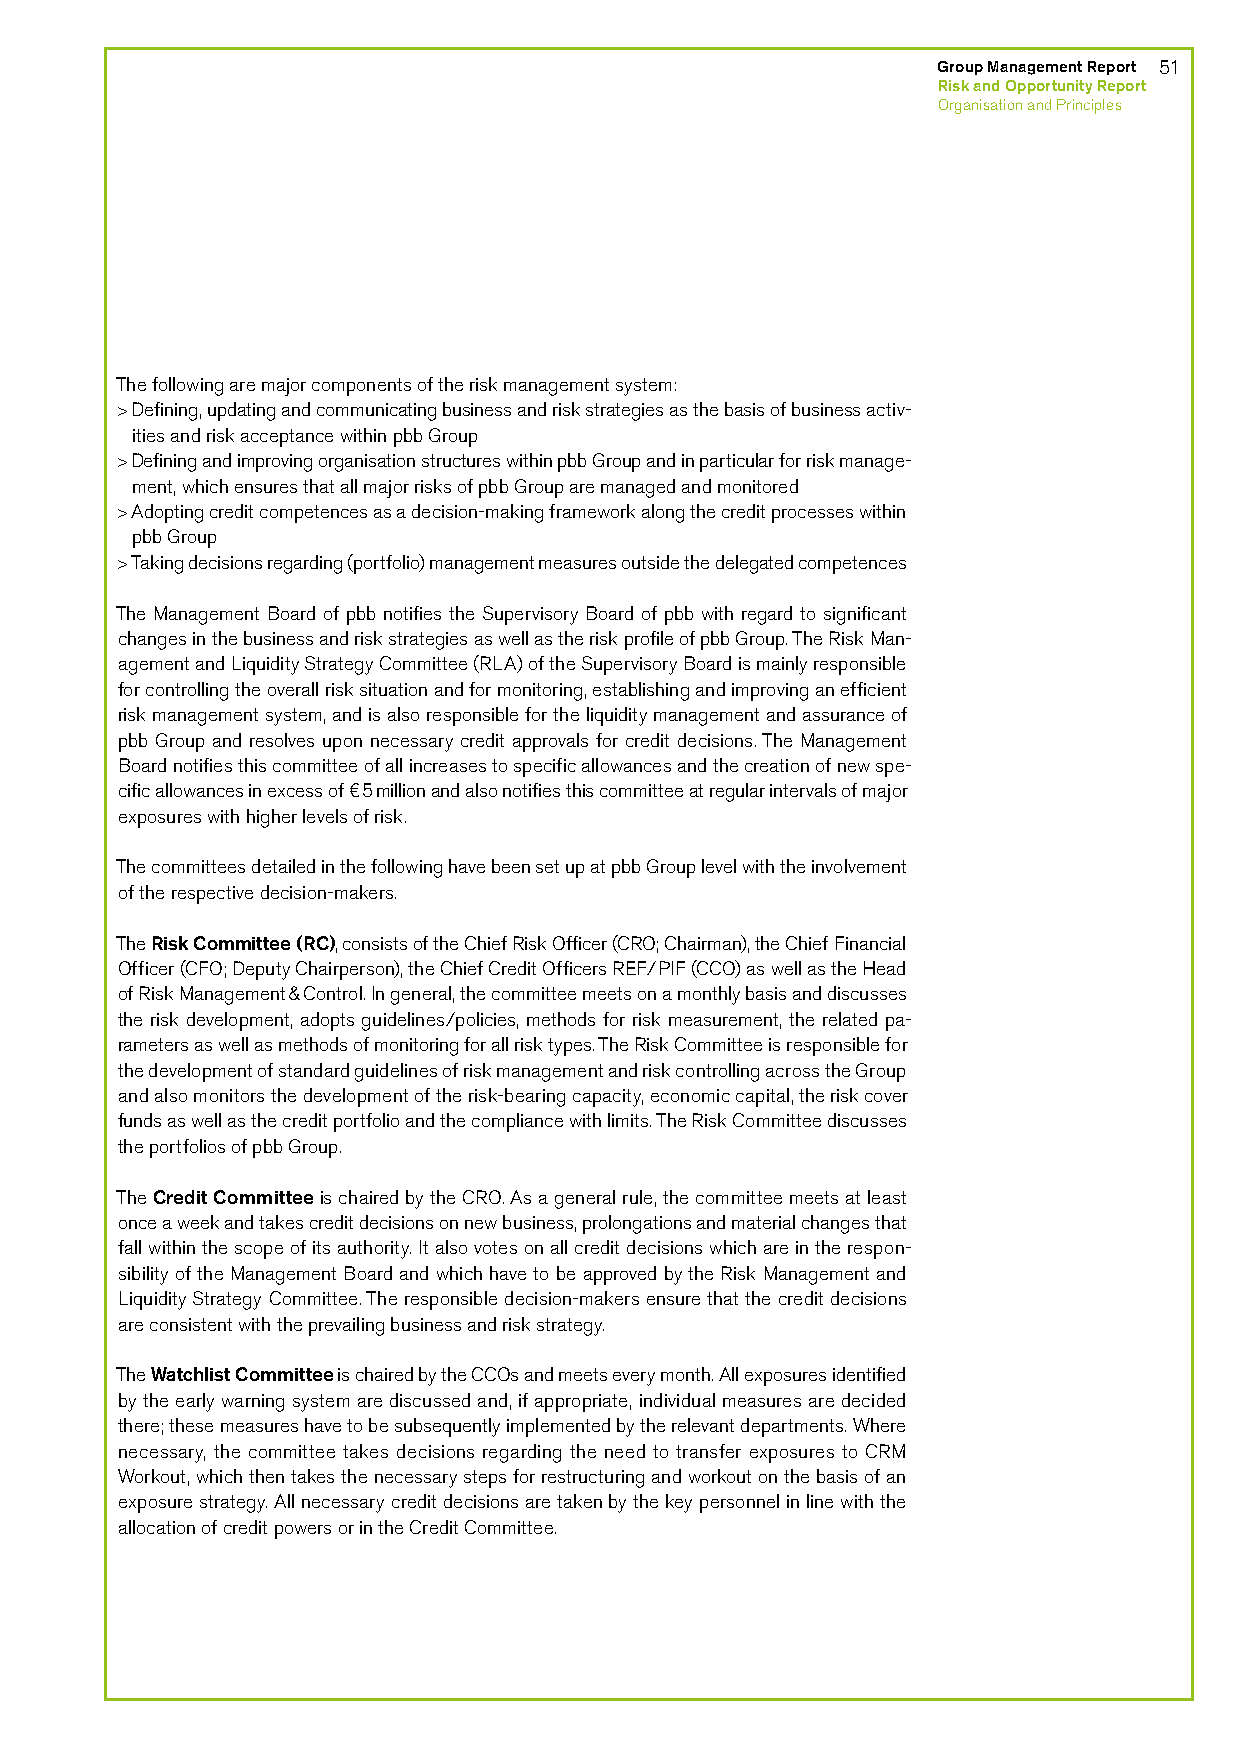
Group Management Report 51
 Risk and Opportunity Report
 Organisation and Principles
 The following are major components of the risk management system:
 > Defining, updating and communicating business and risk strategies as the basis of business activ-
 ities and risk acceptance within pbb Group
 > Defining and improving organisation structures within pbb Group and in particular for risk manage-
 ment, which ensures that all major risks of pbb Group are managed and monitored
 > Adopting credit competences as a decision-making framework along the credit processes within
 pbb Group
 > Taking decisions regarding (portfolio) management measures outside the delegated competences
 The Management Board of pbb notifies the Supervisory Board of pbb with regard to significant
 changes in the business and risk strategies as well as the risk profile of pbb Group. The Risk Man-
 agement and Liquidity Strategy Committee (RLA) of the Supervisory Board is mainly responsible
 for controlling the overall risk situation and for monitoring, establishing and improving an efficient
 risk management system, and is also responsible for the liquidity management and assurance of
 pbb Group and resolves upon necessary credit approvals for credit decisions. The Management
 Board notifies this committee of all increases to specific allowances and the creation of new spe-
 cific allowances in excess of €5 million and also notifies this committee at regular intervals of major
 exposures with higher levels of risk.
 The committees detailed in the following have been set up at pbb Group level with the involvement
 of the respective decision-makers.
 The Risk Committee (RC), consists of the Chief Risk Officer (CRO; Chairman), the Chief Financial
 Officer (CFO; Deputy Chairperson), the Chief Credit Officers REF/PIF (CCO) as well as the Head
 of Risk Management & Control. In general, the committee meets on a monthly basis and discusses
 the risk development, adopts guidelines/policies, methods for risk measurement, the related pa-
 rameters as well as methods of monitoring for all risk types. The Risk Committee is responsible for
 the development of standard guidelines of risk management and risk controlling across the Group
 and also monitors the development of the risk-bearing capacity, economic capital, the risk cover
 funds as well as the credit portfolio and the compliance with limits. The Risk Committee discusses
 the portfolios of pbb Group.
 The Credit Committee is chaired by the CRO. As a general rule, the committee meets at least
 once a week and takes credit decisions on new business, prolongations and material changes that
 fall within the scope of its authority. It also votes on all credit decisions which are in the respon-
 sibility of the Management Board and which have to be approved by the Risk Management and
 Liquidity Strategy Committee. The responsible decision-makers ensure that the credit decisions
 are consistent with the prevailing business and risk strategy.
 The Watchlist Committee is chaired by the CCOs and meets every month. All exposures identified
 by the early warning system are discussed and, if appropriate, individual measures are decided
 there; these measures have to be subsequently implemented by the relevant departments. Where
 necessary, the committee takes decisions regarding the need to transfer exposures to CRM
 Workout, which then takes the necessary steps for restructuring and workout on the basis of an
 exposure strategy. All necessary credit decisions are taken by the key personnel in line with the
 allocation of credit powers or in the Credit Committee.